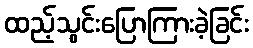
ထည့်သွင်းပြောကြားခဲ့ခြင်း